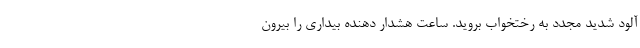
آلود شدید مجدد به رختخواب بروید. ساعت هشدار دهنده بیداری را بیرون